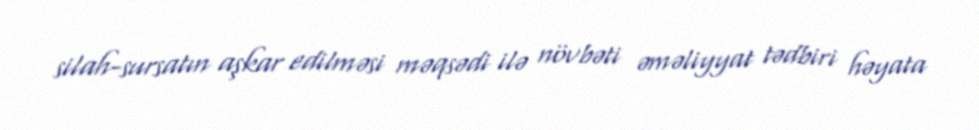
silah-sursatın aşkar edilməsi məqsədi ilə növbəti əməliyyat tədbiri həyata